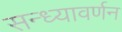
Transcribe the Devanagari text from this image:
सन्ध्यावर्णन